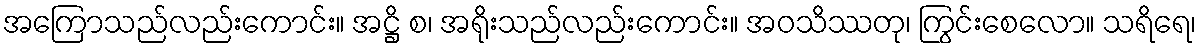
အကြောသည်လည်းကောင်း။ အဋ္ဌိ စ၊ အရိုးသည်လည်းကောင်း။ အဝသိဿတု၊ ကြွင်းစေလော။ သရိရေ၊